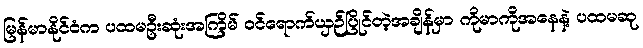
မြန်မာနိုင်ငံက ပထမဦးဆုံးအကြိမ် ဝင်ရောက်ယှဉ်ပြိုင်တဲ့အချိန်မှာ ကိုမာကိုအနေနဲ့ ပထမဆု